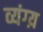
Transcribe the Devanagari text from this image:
व्यंग्य़